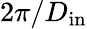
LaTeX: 2\pi/D_{\mathrm{in}}